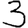
Digit: 3